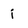
Character: i